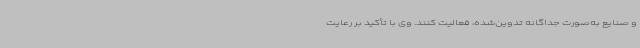
و صنایع به‌صورت جداگانه تدوین‌شده، فعالیت کنند. وی با تأکید بر رعایت